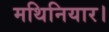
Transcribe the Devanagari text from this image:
मथिनियार।